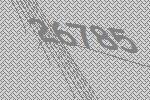
26785